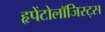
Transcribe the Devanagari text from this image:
हृपेंटोलॉजिस्ट्स